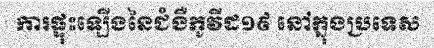
ការផ្ទុះឡើងនៃជំងឺកូវីដ១៩ នៅក្នុងប្រទេស